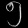
Digit: ၅